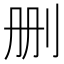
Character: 删